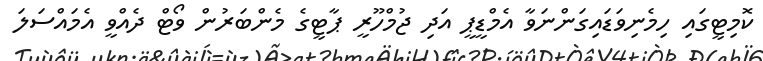
ކޮމިޓީގައި ހިމެނިވަޑައިގަންނަވާ އެމްޑީޕީ އަދި ޖުމްހޫރީ ޕާޓީގެ މެންބަރުން ވޯޓް ދެއްވީ އެމައްސަލަ